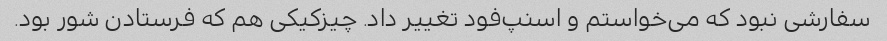
سفارشی نبود که می‌خواستم و اسنپ‌فود تغییر داد. چیزکیکی هم که فرستادن شور بود.